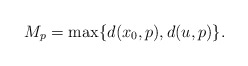
\begin{align*}M_p= \max\{d(x_0, p), d(u,p)\}. \end{align*}